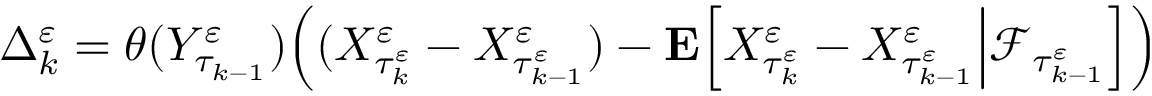
\begin{array} { r } { \Delta _ { k } ^ { \varepsilon } = \theta ( Y _ { \tau _ { k - 1 } } ^ { \varepsilon } ) \Big ( ( X _ { \tau _ { k } ^ { \varepsilon } } ^ { \varepsilon } - X _ { \tau _ { k - 1 } ^ { \varepsilon } } ^ { \varepsilon } ) - \mathbf { E } \Big [ X _ { \tau _ { k } ^ { \varepsilon } } ^ { \varepsilon } - X _ { \tau _ { k - 1 } ^ { \varepsilon } } ^ { \varepsilon } \Big | \mathscr { F } _ { \tau _ { k - 1 } ^ { \varepsilon } } \Big ] \Big ) } \end{array}